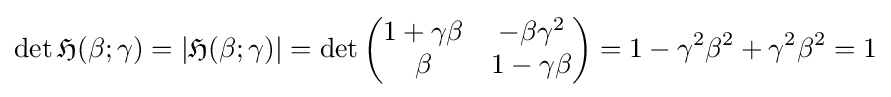
\det {\mathfrak {H}}(\beta ;\gamma )=|{\mathfrak {H}}(\beta ;\gamma )|=\det {\begin{pmatrix}1+\gamma \beta &-\beta \gamma ^{2}\\\beta &1-\gamma \beta \end{pmatrix}}=1-\gamma ^{2}\beta ^{2}+\gamma ^{2}\beta ^{2}=1